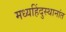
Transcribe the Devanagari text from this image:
मध्यहिंदुस्थानांत